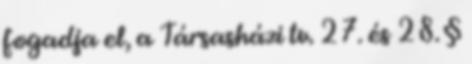
fogadja el, a Társasházi tv. 27. és 28. §